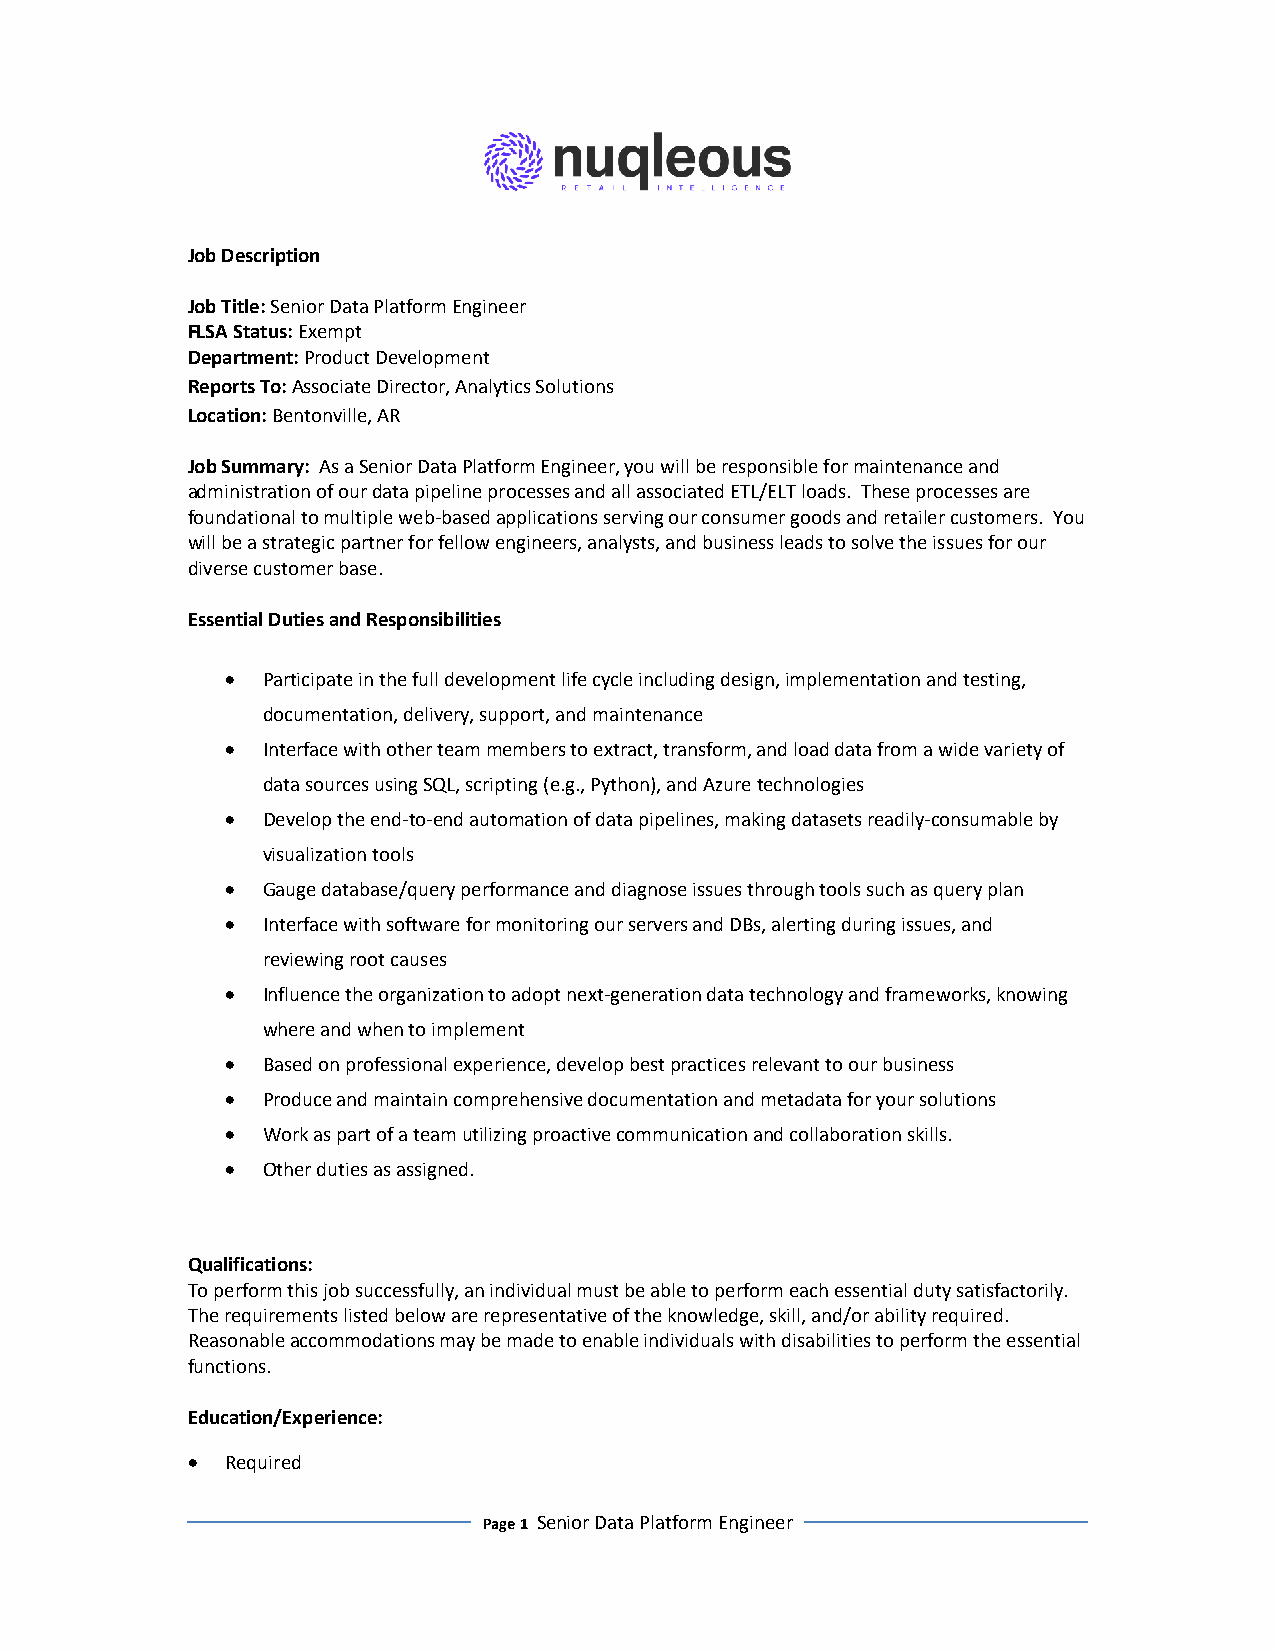
Job Description
 Job Title: Senior Data Platform Engineer
 FLSA Status: Exempt
 Department: Product Development
 Reports To: Associate Director, Analytics Solutions
 Location: Bentonville, AR
 Job Summary: As a Senior Data Platform Engineer, you will be responsible for maintenance and
 administration of our data pipeline processes and all associated ETL/ELT loads. These processes are
 foundational to multiple web-based applications serving our consumer goods and retailer customers. You
 will be a strategic partner for fellow engineers, analysts, and business leads to solve the issues for our
 diverse customer base.
 Essential Duties and Responsibilities
 • Participate in the full development life cycle including design, implementation and testing,
 documentation, delivery, support, and maintenance
 • Interface with other team members to extract, transform, and load data from a wide variety of
 data sources using SQL, scripting (e.g., Python), and Azure technologies
 • Develop the end-to-end automation of data pipelines, making datasets readily-consumable by
 visualization tools
 • Gauge database/query performance and diagnose issues through tools such as query plan
 • Interface with software for monitoring our servers and DBs, alerting during issues, and
 reviewing root causes
 • Influence the organization to adopt next-generation data technology and frameworks, knowing
 where and when to implement
 • Based on professional experience, develop best practices relevant to our business
 • Produce and maintain comprehensive documentation and metadata for your solutions
 • Work as part of a team utilizing proactive communication and collaboration skills.
 • Other duties as assigned.
 Qualifications:
 To perform this job successfully, an individual must be able to perform each essential duty satisfactorily.
 The requirements listed below are representative of the knowledge, skill, and/or ability required.
 Reasonable accommodations may be made to enable individuals with disabilities to perform the essential
 functions.
 Education/Experience:
 •  Required
 Page 1 Senior Data Platform Engineer